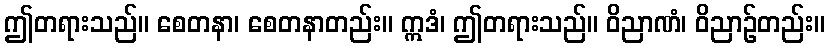
ဤတရားသည်။ စေတနာ၊ စေတနာတည်း။ ဣဒံ၊ ဤတရားသည်။ ဝိညာဏံ၊ ဝိညာဉ်တည်း။